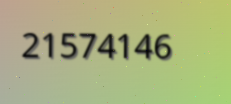
21574146